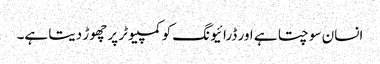
انسان سوچتا ہے اور ڈرائیونگ کو کمپیوٹر پر چھوڑ دیتا ہے۔